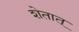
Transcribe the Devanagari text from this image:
शेतात्